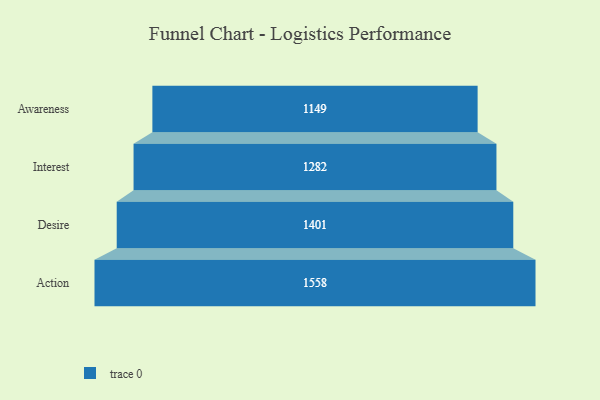
{"axis": {"x": "Stage", "y": "Value"}, "legend": [""], "data": [{"x": "Awareness", "y": 1149.0, "type": ""}, {"x": "Interest", "y": 1282.0, "type": ""}, {"x": "Desire", "y": 1401.0, "type": ""}, {"x": "Action", "y": 1558.0, "type": ""}]}